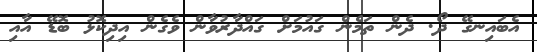
އެބައިނގޭ ދޯ. ދެން ތަމެން ގައުމަށް ގައްދާރުވާން ވެގެން އިދިކޮޅު ބޮޑޭ އާއި